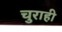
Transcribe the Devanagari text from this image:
चुराही